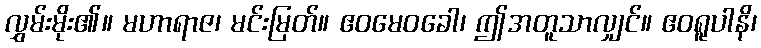
လွှမ်းမိုး၏။ မဟာရာဇ၊ မင်းမြတ်။ ဧဝမေဝခေါ၊ ဤအတူသာလျှင်။ ဧဝရူပါနိ၊